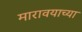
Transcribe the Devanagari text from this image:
मारावयाच्या